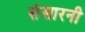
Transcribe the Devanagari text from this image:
संसारनी